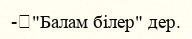
-	"Балам білер" дер.